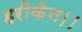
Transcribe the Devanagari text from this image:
हरीकेन।।